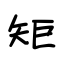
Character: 矩